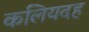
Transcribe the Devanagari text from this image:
कलियदह